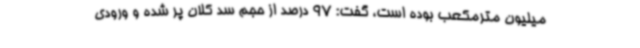
میلیون مترمکعب بوده است، گفت: 97 درصد از حجم سد کلان پر شده و ورودی